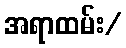
အရာထမ်း/